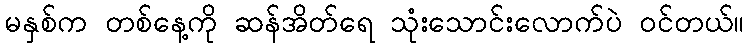
မနှစ်က တစ်နေ့ကို ဆန်အိတ်ရေ သုံးသောင်းလောက်ပဲ ဝင်တယ်။